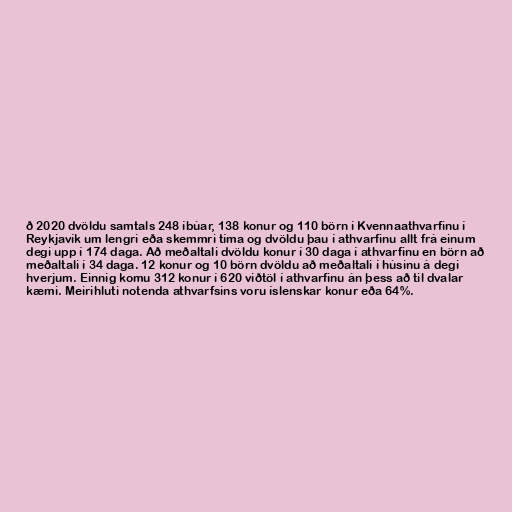
ð 2020 dvöldu samtals 248 íbúar, 138 konur og 110 börn í Kvennaathvarfinu í
Reykjavík um lengri eða skemmri tíma og dvöldu þau í athvarfinu allt frá einum
degi upp í 174 daga. Að meðaltali dvöldu konur í 30 daga í athvarfinu en börn að
meðaltali í 34 daga. 12 konur og 10 börn dvöldu að meðaltali í húsinu á degi
hverjum. Einnig komu 312 konur í 620 viðtöl í athvarfinu án þess að til dvalar
kæmi. Meirihluti notenda athvarfsins voru íslenskar konur eða 64%.